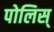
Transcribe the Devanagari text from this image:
पोलिस्